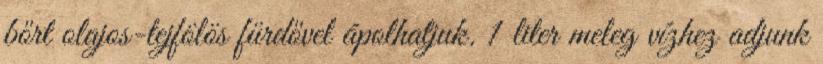
bőrt olajos-tejfölös fürdővel ápolhatjuk. 1 liter meleg vízhez adjunk